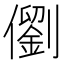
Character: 𪝵